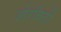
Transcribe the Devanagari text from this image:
ओरबिटों